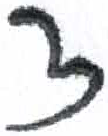
אות: צ